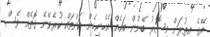
އޭގެ އިތުރަށް މިސޮރު ބޭނުން ބައެއް އެހެނިހެން ކަންތައް ކުރެވޭނެ ގޮތެއް ވެސް